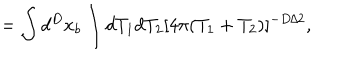
LaTeX: = \int d ^ { D } x _ { b } \int d T _ { 1 } d T _ { 2 } [ 4 \pi ( T _ { 1 } + T _ { 2 } ) ] ^ { - D / 2 } ,